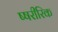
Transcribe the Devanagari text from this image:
ष्षरीरिक